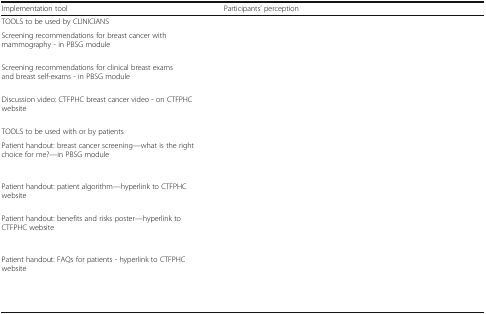
<table><thead><tr><td><b>Implementation tool</b></td><td><b>Participants’ perception</b></td></tr></thead><tbody><tr><td colspan="2">TOOLS to be used by CLINICIANS</td></tr><tr><td>Screening recommendations for breast cancer with mammography - in PBSG module</td><td>[EMPTY_CELL]</td></tr><tr><td>Screening recommendations for clinical breast exams and breast self-exams - in PBSG module</td><td>[EMPTY_CELL]</td></tr><tr><td>Discussion video: CTFPHC breast cancer video - on CTFPHC website</td><td>[EMPTY_CELL]</td></tr><tr><td colspan="2">TOOLS to be used with or by patients</td></tr><tr><td>Patient handout: breast cancer screening—what is the right choice for me?—in PBSG module</td><td>[EMPTY_CELL]</td></tr><tr><td>Patient handout: patient algorithm—hyperlink to CTFPHC website</td><td>[EMPTY_CELL]</td></tr><tr><td>Patient handout: benefits and risks poster—hyperlink to CTFPHC website</td><td>[EMPTY_CELL]</td></tr><tr><td>Patient handout: FAQs for patients - hyperlink to CTFPHC website</td><td>[EMPTY_CELL]</td></tr></tbody></table>